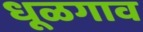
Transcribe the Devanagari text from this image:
धूळगाव